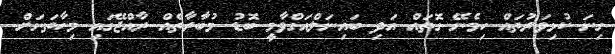
ގިނަ ކުޅިވަރުތައް ހިމެނޭ ގޮތައް އަދި ބައިނަލްއަގްވާމީ ބޮޑު މުބާރާތެއް ރާއްޖޭގައި މިހާތަނަށް